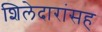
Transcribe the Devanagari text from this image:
शिलेदारांसह